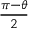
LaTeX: \scriptstyle { \frac { \pi - \theta } { 2 } }